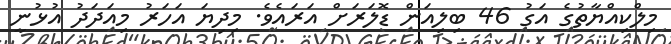
މިލްކިއްޔާތުގެ އަގު 46 ބިލިއަން ޑޮލަރަށް އަރައެވެ. މިދިޔަ އަހަރު މިއަދަދު އުޅުނީ